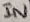
Text: IN